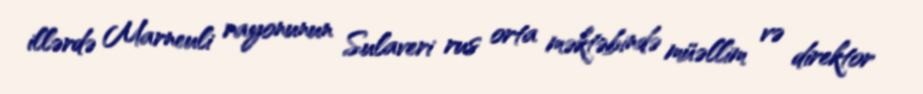
illərdə Marneuli rayonunun Sulaveri rus orta məktəbində müəllim və direktor